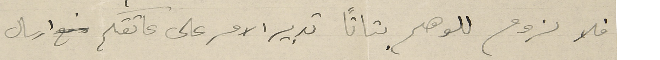
فلا لزوم للوهم بتاتاً تدبير الامر على عاتقكم ارسال